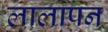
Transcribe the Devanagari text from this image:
लालापन